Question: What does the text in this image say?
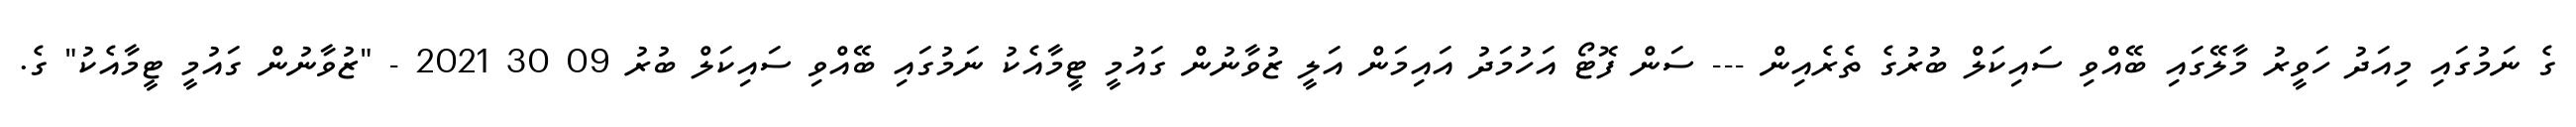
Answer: ގެ ނަމުގައި މިއަދު ހަވީރު މާލޭގައި ބޭއްވި ސައިކަލް ބުރުގެ ތެރެއިން --- ސަން ފޮޓޯ އަހުމަދު އައިމަން އަލީ ޒުވާނުން ގައުމީ ޓީމާއެކު ނަމުގައި ބޭއްވި ސައިކަލް ބުރު 09 30 2021 - "ޒުވާނުން ގައުމީ ޓީމާއެކު" ގެ.